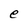
Character: e